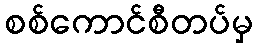
စစ်ကောင်စီတပ်မှ